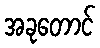
အခုတောင်